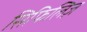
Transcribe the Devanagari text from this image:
सिफिलिज़